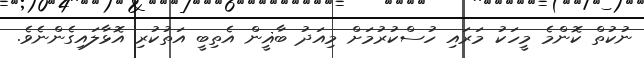
ނުކުތް ކޮންމެ މީހަކު މަރައި ހުސްކުރުމަށް މިއަދު ބާޣީން އެތިބީ އަތުކުރި އޮޅާލައިގެންނެވެ.